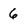
Character: 6